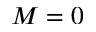
M = 0